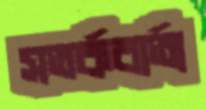
সতর্কবার্তা